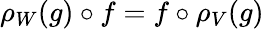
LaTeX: \rho_{W}(g)\circ f=f\circ\rho_{V}(g)